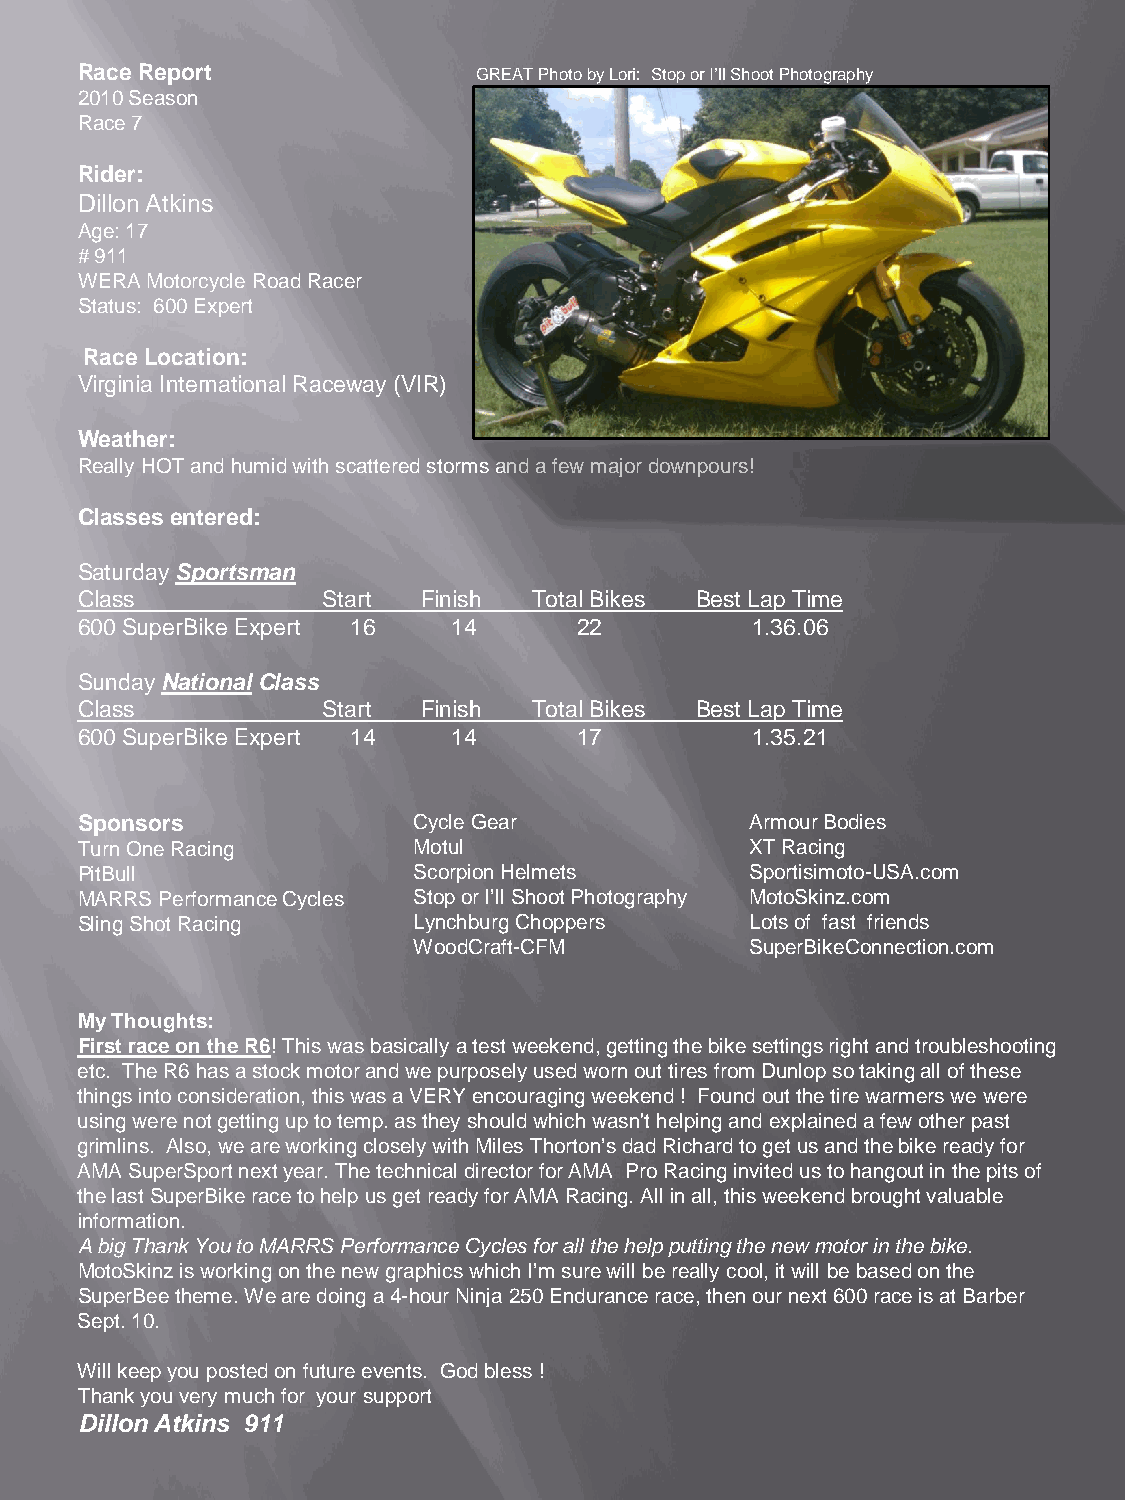
Race Report               GREAT Photo by Lori: Stop or I’ll Shoot Photography
 2010 Season
 Race 7
 Rider:
 Dillon Atkins
 Age: 17
 # 911
 WERA Motorcycle Road Racer
 Status: 600 Expert
 Race Location:
 Virginia International Raceway (VIR)
 Weather:
 Really HOT and humid with scattered storms and a few major downpours!
 Classes entered:
 Saturday Sportsman
 Class           Start  Finish Total Bikes Best Lap Time
 600 SuperBikeExpert 16   14      22          1.36.06
 Sunday NationalClass
 Class           Start  Finish Total Bikes Best Lap Time
 600 SuperBikeExpert 14   14      17          1.35.21
 Sponsors              Cycle Gear             ArmourBodies
 Turn One Racing       Motul                  XT Racing
 PitBull               Scorpion Helmets       Sportisimoto-USA.com
 MARRS Performance Cycles Stop or I’ll Shoot Photography MotoSkinz.com
 Sling Shot Racing     Lynchburg Choppers     Lots of fast friends
 WoodCraft-CFM          SuperBikeConnection.com
 My Thoughts:
 First race on the R6! This was basically a test weekend, getting the bike settings right and troubleshooting
 etc. The R6 has a stock motor and we purposely used worn out tires from Dunlop so taking all of these
 things into consideration, this was a VERY encouraging weekend ! Found out the tire warmers we were
 using were not getting up to temp. as they should which wasn't helping and explained a few other past
 grimlins. Also, we are working closely with Miles Thorton’sdad Richard to get us and the bike ready for
 AMA SuperSportnext year. The technical director for AMA Pro Racing invited us to hangout in the pits of
 the last SuperBikerace to help us get ready for AMA Racing. All in all, this weekend brought valuable
 information.
 A big Thank You to MARRS Performance Cycles for all the help putting the new motor in the bike.
 MotoSkinz is working on the new graphics which I’m sure will be really cool, it will be based on the
 SuperBeetheme. We are doing a 4-hour Ninja 250 Endurance race, then our next 600 race is at Barber
 Sept. 10.
 Will keep you posted on future events. God bless !
 Thank you very much for your support
 Dillon Atkins 911